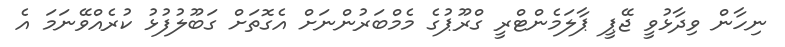
ނިހާން ވިދާޅުވީ ޖޭޕީ ޕާލަމެންޓްރީ ގްރޫޕުގެ މެމްބަރުންނަށް އެގޮތަށް ގަބޫލުފުޅު ކުރެއްވޭނަމަ އެ